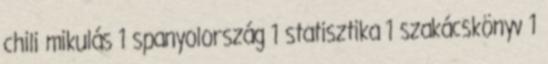
chili mikulás 1 spanyolország 1 statisztika 1 szakácskönyv 1